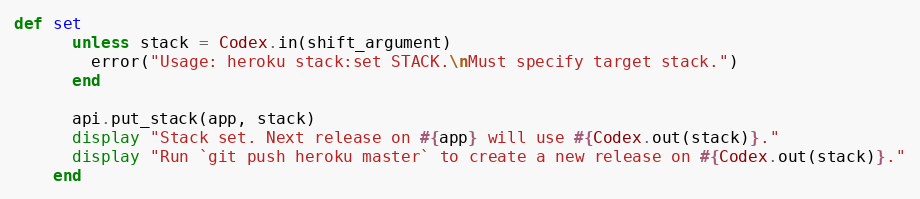
Language: Ruby
def set
      unless stack = Codex.in(shift_argument)
        error("Usage: heroku stack:set STACK.\nMust specify target stack.")
      end

      api.put_stack(app, stack)
      display "Stack set. Next release on #{app} will use #{Codex.out(stack)}."
      display "Run `git push heroku master` to create a new release on #{Codex.out(stack)}."
    end